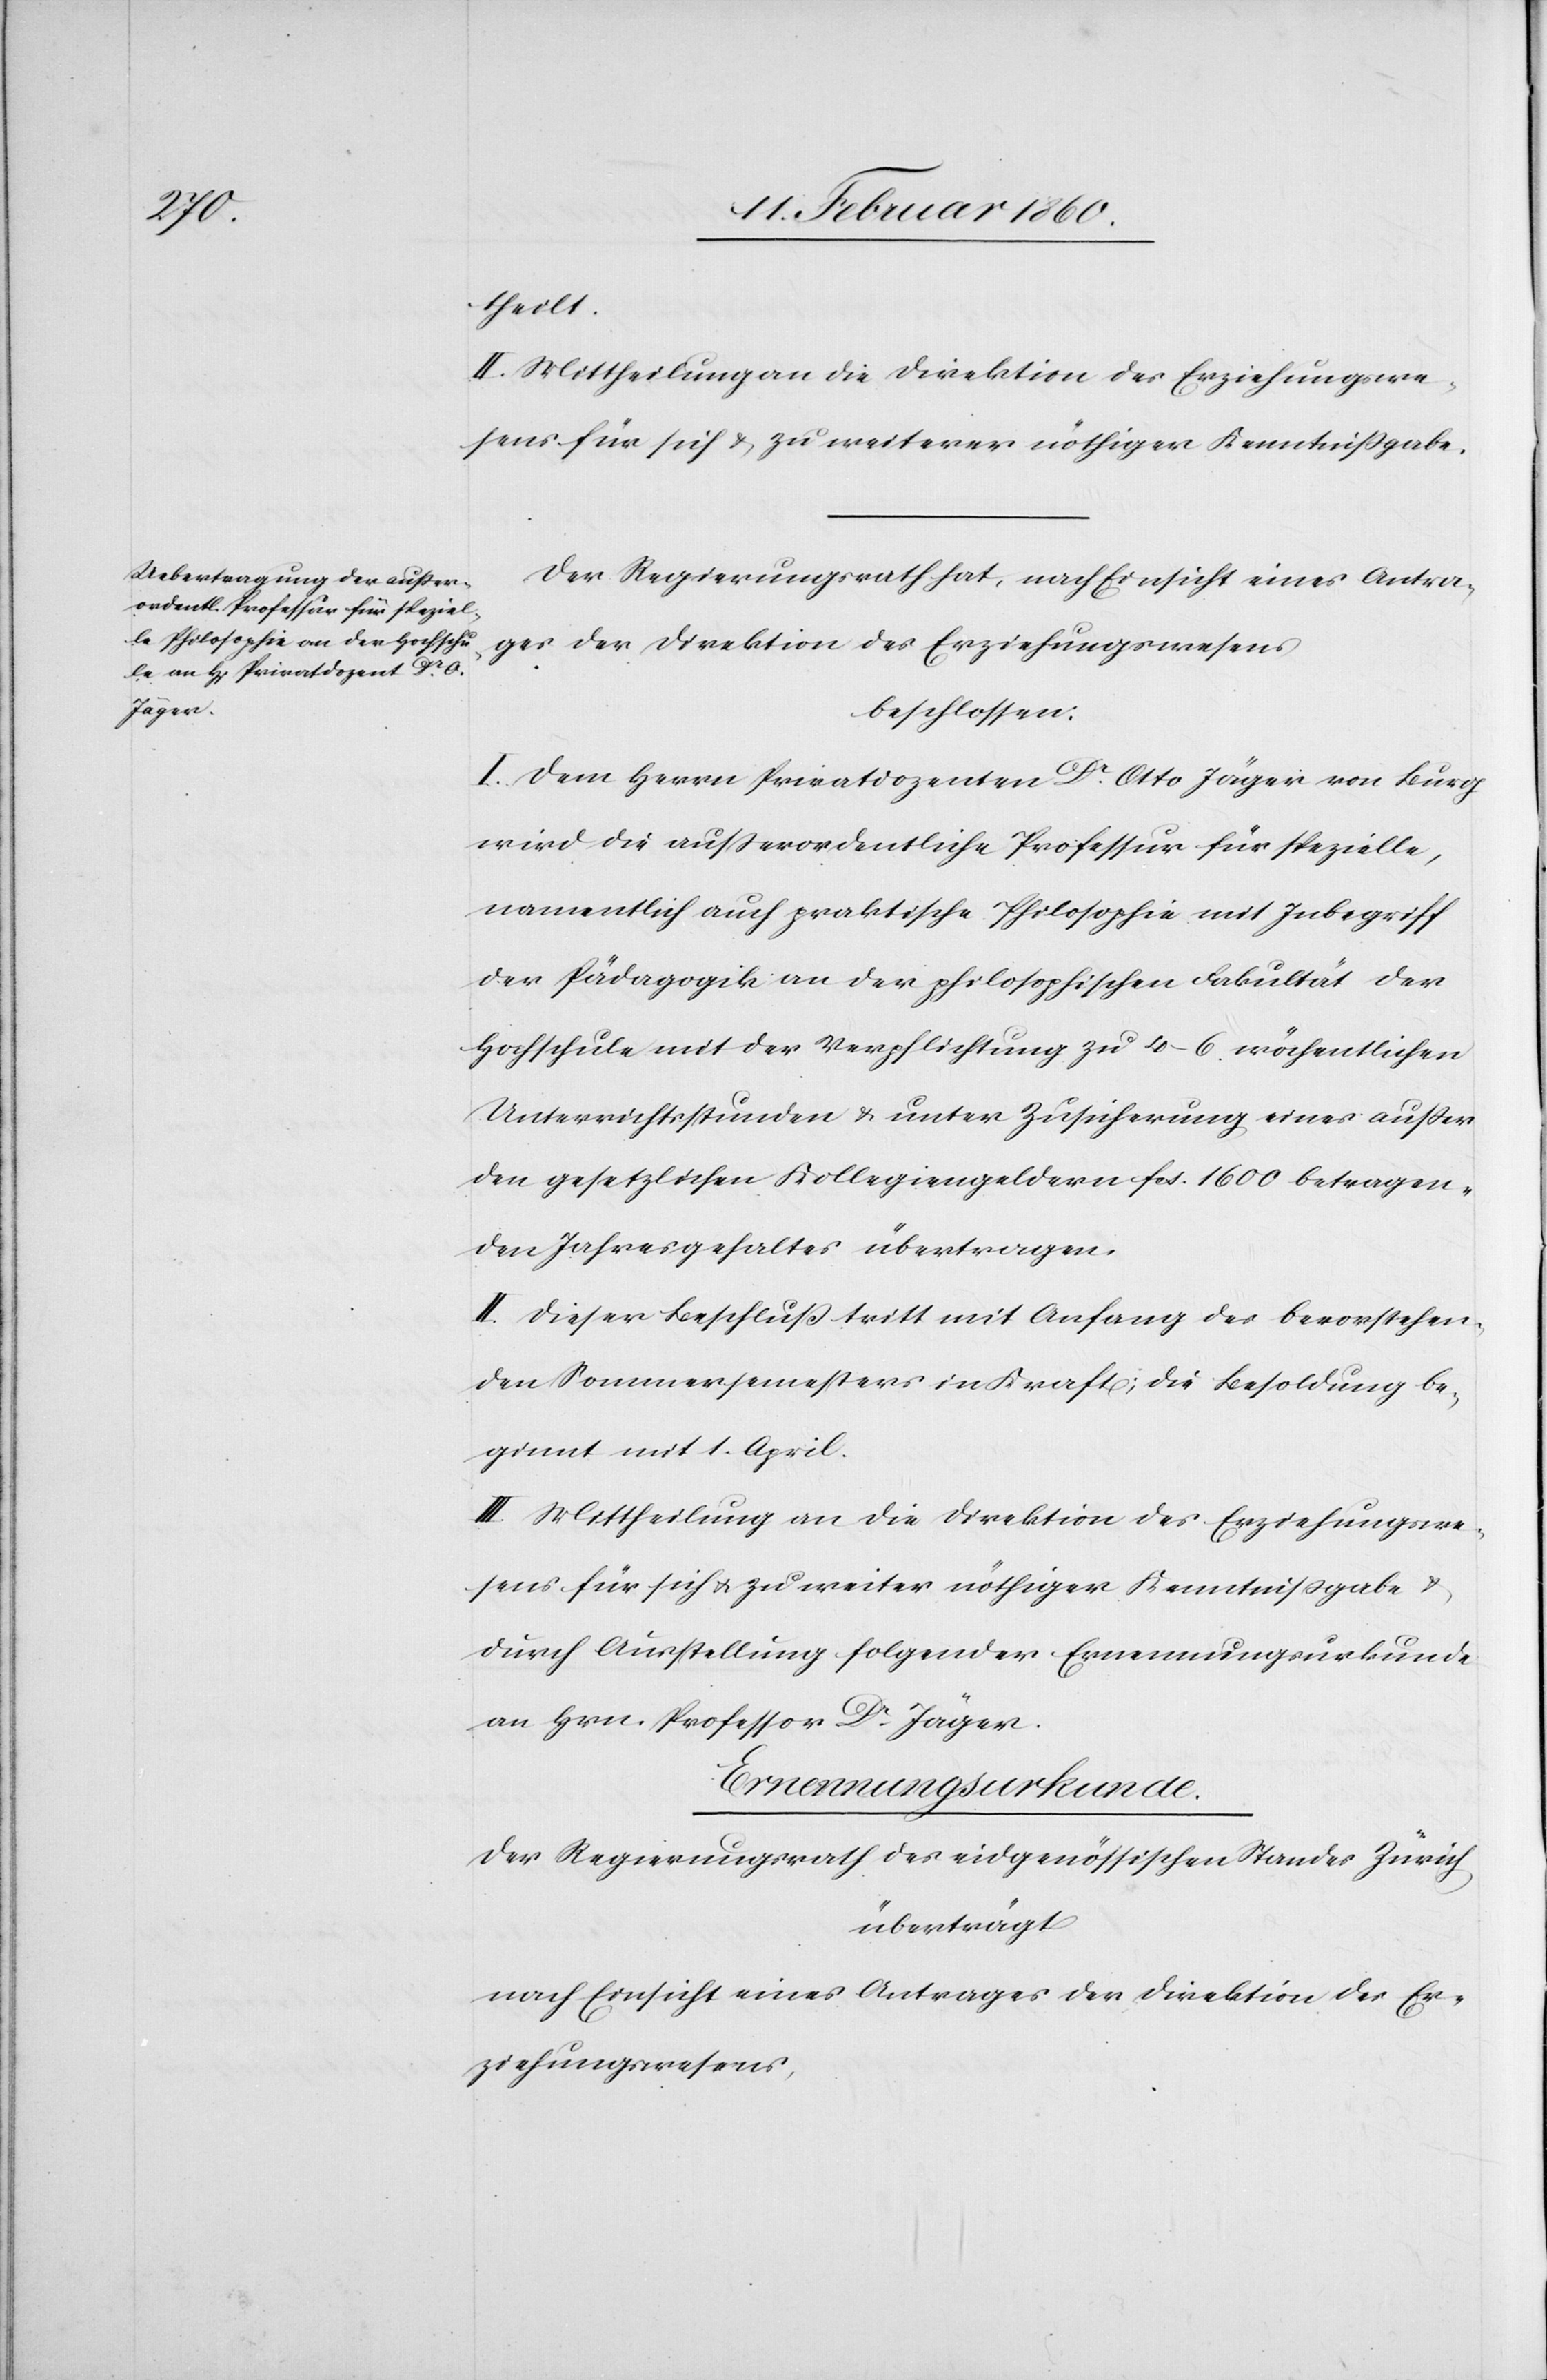
theilt.
III. Mittheilung an die Direktion des Erziehungswe¬
sens für sich u. zu weiterer nöthiger Kenntnissgabe.
Der Regierungsrath hat, nach Einsicht eines Antra¬
ges der Direktion des Erziehungswesens
beschlossen:
I. Dem Herrn Privatdozenten Dr Otto Jäger von Burg
wird die ausserordentliche Professur für spezielle,
namentlich auch praktische Philosophie mit Inbegriff
der Pädagogik an der philosophischen Fakultät der
Hochschule mit der Verpflichtung zu 4–6 wöchentlicher
Unterrichtsstunden u. unter Zusicherung eines ausser
den gesetzlichen Kollegiengeldern fcs. 1600 betragen¬
den Jahresgehaltes übertragen.
II: Dieser Beschluß tritt mit Anfang des bevorstehen¬
den Sommersemesters in Kraft; die Besoldung be¬
ginnt mit 1. April.
sens für sich u. zu weiter nöthiger Kenntnissgabe u.
durch Ausstellung folgender Ernennungsurkunde
an Hrn. Professor Dr Jäger.
Ernennungsurkunde.
Der Regierungsrath des eidgenössischen Standes Zürich
überträgt:
nach Ansicht eines Antrages der Direktion des Er¬
ziehungswesens,